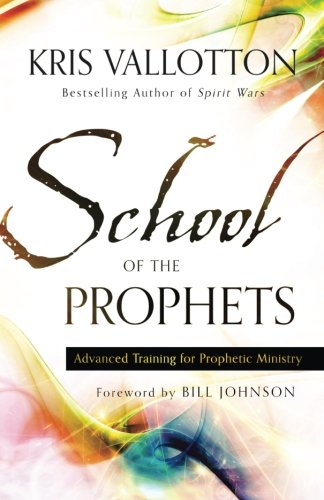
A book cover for School of the Prophets: Advanced Training for Prophetic Ministry; Kris Vallotton; Christian Books & Bibles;